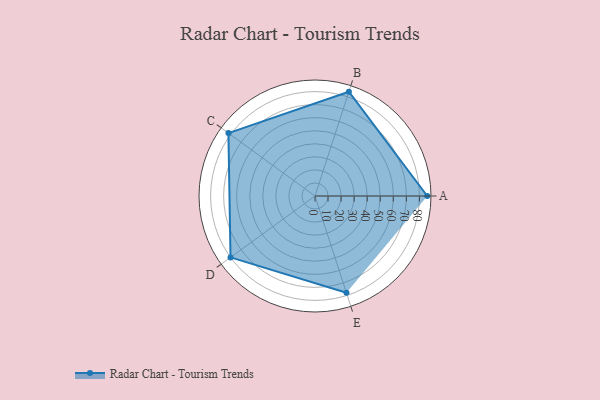
{"axis": {"x": "Skill", "y": "Score"}, "legend": ["Profile"], "data": [{"x": "A", "y": 86.0, "type": "Profile"}, {"x": "B", "y": 84.0, "type": "Profile"}, {"x": "C", "y": 82.0, "type": "Profile"}, {"x": "D", "y": 80.0, "type": "Profile"}, {"x": "E", "y": 78.0, "type": "Profile"}]}